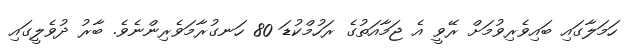
ހަމަލާގައި ބައިވެރިވުމަށް ރޭވީ އެ ޖަމާއަތުގެ ރަހުމްކުޑަ 80 ހަނގުރާމަވެރިންނެވެ. ބާރު ދުވެލީގައި